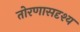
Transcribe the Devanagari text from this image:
तोरणासदृश्य